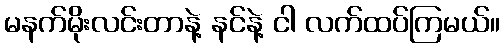
မနက်မိုးလင်းတာနဲ့ နင်နဲ့ ငါ လက်ထပ်ကြမယ်။